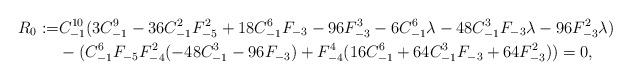
LaTeX: \begin{align*}R_0 :=& C_{-1}^{10} (3 C_{-1}^9 - 36 C_{-1}^2 F_{-5}^2 + 18 C_{-1}^6 F_{-3} -96 F_{-3}^3 - 6 C_{-1}^6 \lambda - 48 C_{-1}^3 F_{-3} \lambda - 96 F_{-3}^2 \lambda)\\& - (C_{-1}^6 F_{-5} F_{-4}^2 (-48 C_{-1}^3 - 96 F_{-3}) + F_{-4}^4 (16 C_{-1}^6+ 64 C_{-1}^3 F_{-3} + 64 F_{-3}^2))=0,\end{align*}